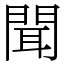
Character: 聞